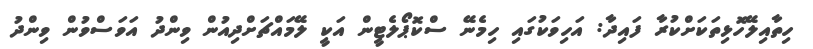
ހިތާއިލޭހޮޅިތަކަށްކުރާ ފައިދާ: އަހިވަކުގައި ހިމެނޭ ސްކޮޕޯލެޓީން އަކީ ލޭމައްޗަށްދިއުން ވިންދު އަވަސްވުން ވިންދު